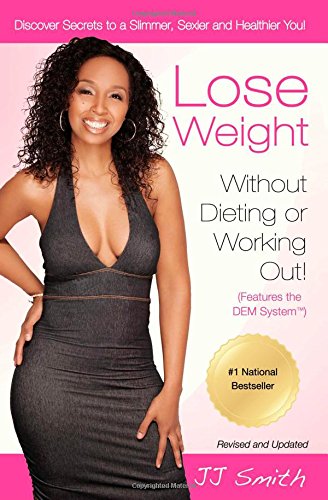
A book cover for Lose Weight Without Dieting or Working Out: Discover Secrets to a Slimmer, Sexier, and Healthier You; JJ Smith; Health, Fitness & Dieting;